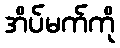
အိပ်မက်ကို